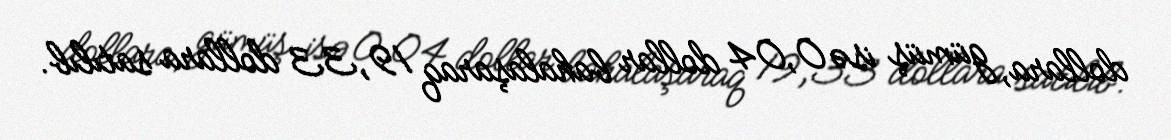
dollara, gümüş isə 0,04 dollar bahalaşaraq 19,33 dollara satılıb.